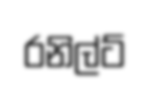
රනිල්ට්